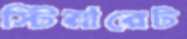
স্টিয়ারেট